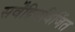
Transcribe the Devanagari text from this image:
सर्वेंद्रियविजिंत